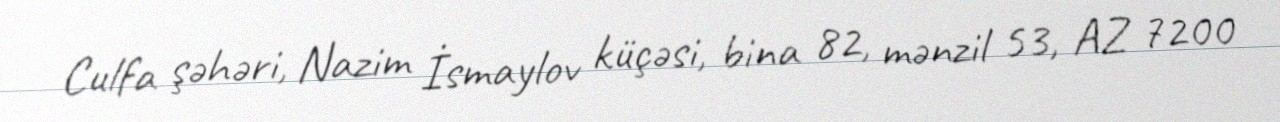
Culfa şəhəri, Nazim İsmaylov küçəsi, bina 82, mənzil 53, AZ 7200